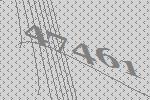
47461